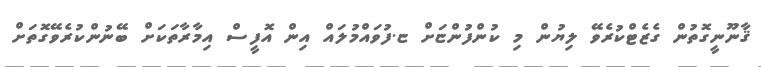
ޤާނޫނީގޮތުން ގެޒެޓްކުރެވޭ ލިޔުން މި ކުންފުންޏަށް ޏ.ފުވައްމުލައް އިން އޮފީސް އިމާރާތަކަށް ބޭނުންކުރެވޭގޮތަށް